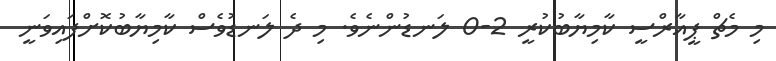
މި މެޗް ޕީއާރްސީ ކާމިޔާބުކުރީ 2-0 ލަނޑުންނެވެ. މި ދެ ލަނޑުވެސް ކާމިޔާބުކޮށްފައިވަނީ